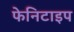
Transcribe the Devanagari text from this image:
फेनिटाइप